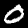
Label: 0